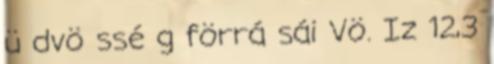
ü dvö ssé g förrá sái Vö. Iz 12,3